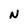
Character: N